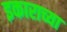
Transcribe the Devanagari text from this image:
इकाराच्या